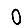
Digit: 0